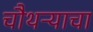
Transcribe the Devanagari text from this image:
चौथऱ्याचा